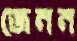
জেনন